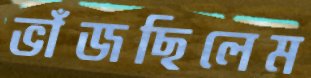
ভাঁজছিলেম